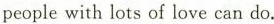
people with lots of love can do.